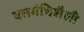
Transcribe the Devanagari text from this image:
वत्तगंधिशैली